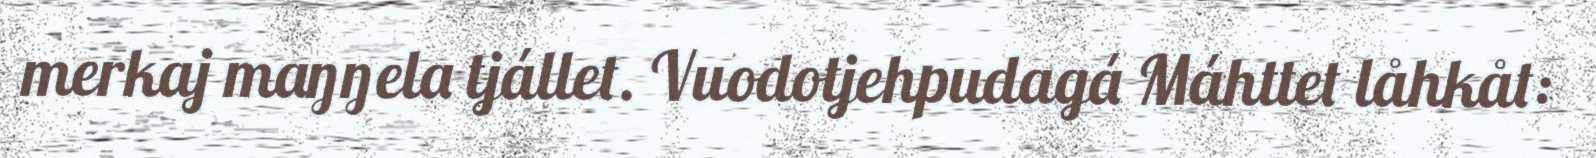
merkaj maŋŋela tjállet. Vuodotjehpudagá Máhttet låhkåt: